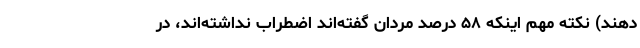
دهند) نکته مهم اینکه ۵۸ درصد مردان گفته‌اند اضطراب نداشته‌اند، در